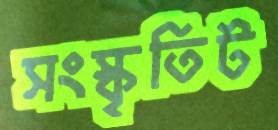
সংস্কৃতিট